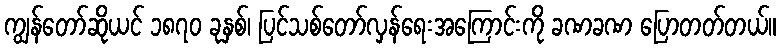
ကျွန်တော်ဆိုယင် ၁၈၇၀ ခုနှစ်၊ ပြင်သစ်တော်လှန်ရေးအကြောင်းကို ခဏခဏ ပြောတတ်တယ်။